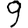
Digit: 9